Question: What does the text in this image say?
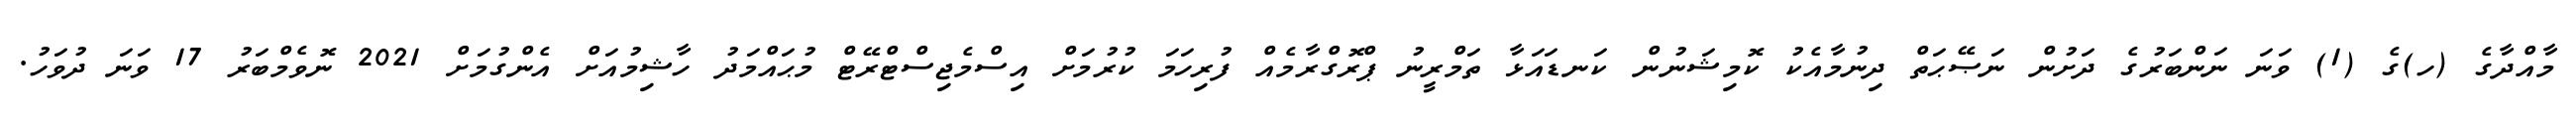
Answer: މާއްދާގެ (ހ)ގެ (1) ވަނަ ނަންބަރުގެ ދަށުން ނަޞޭޙަތް ދިނުމާއެކު ކޮމިޝަނުން ކަނޑައަޅާ ތަމްރީނު ޕްރޮގްރާމެއް ފުރިހަމަ ކުރުމަށް އިސްމެޖިސްޓްރޭޓް މުޙައްމަދު ހާޝިމުއަށް އެންގުމަށް 2021 ނޮވެމްބަރު 17 ވަނަ ދުވަހު.